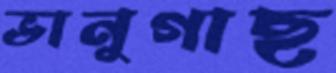
ভানুগাছ